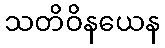
သတိဝိနယေန